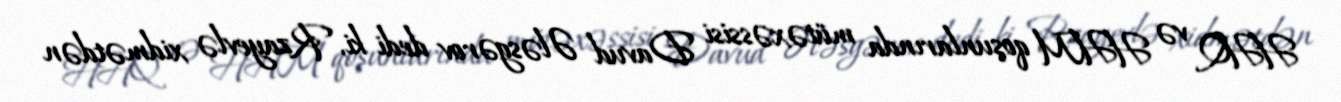
HHQ və HHM qoşunlarında mütəxəssisi Davud Ələsgərov dedi ki, Rzayevlə xidmətdən